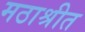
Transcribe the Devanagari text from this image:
मठाश्रीत